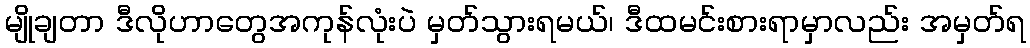
မျိုချတာ ဒီလိုဟာတွေအကုန်လုံးပဲ မှတ်သွားရမယ်၊ ဒီထမင်းစားရာမှာလည်း အမှတ်ရ